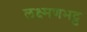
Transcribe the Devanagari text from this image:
लक्ष्मणभट्ट